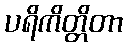
ပရိကိတ္တိတာ